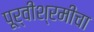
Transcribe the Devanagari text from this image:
पूर्वीश्रमीचा